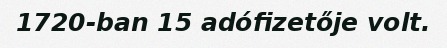
1720-ban 15 adófizetője volt.